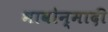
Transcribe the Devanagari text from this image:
भावोन्मादी